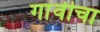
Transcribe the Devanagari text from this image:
गांवीचा